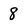
Character: 8